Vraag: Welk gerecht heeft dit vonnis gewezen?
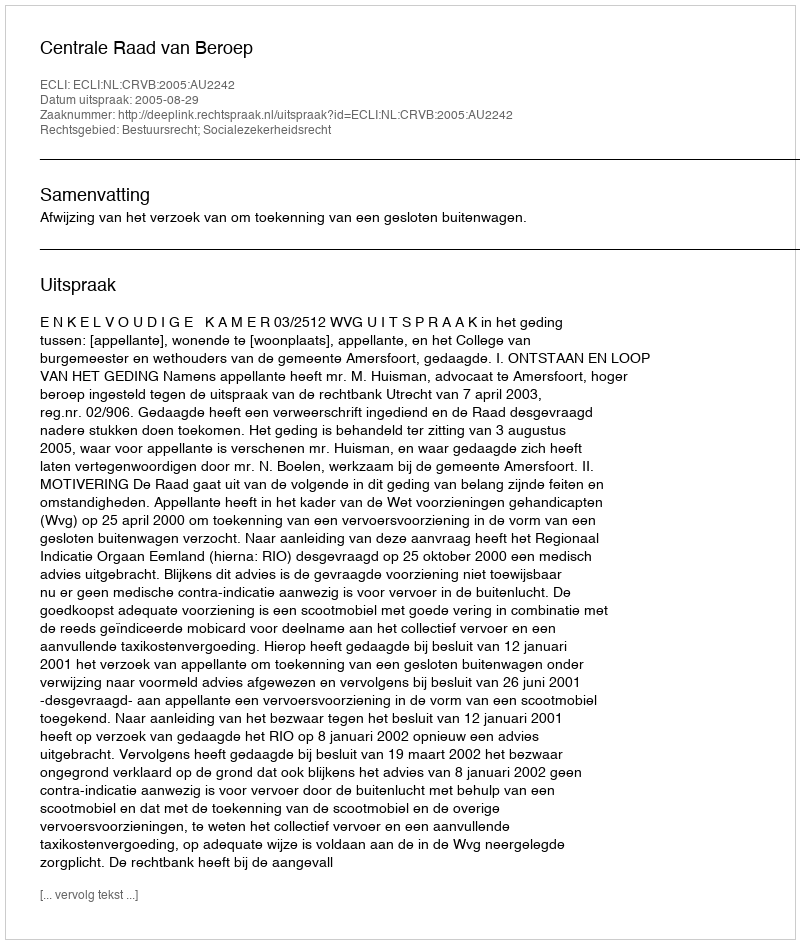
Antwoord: Centrale Raad van Beroep